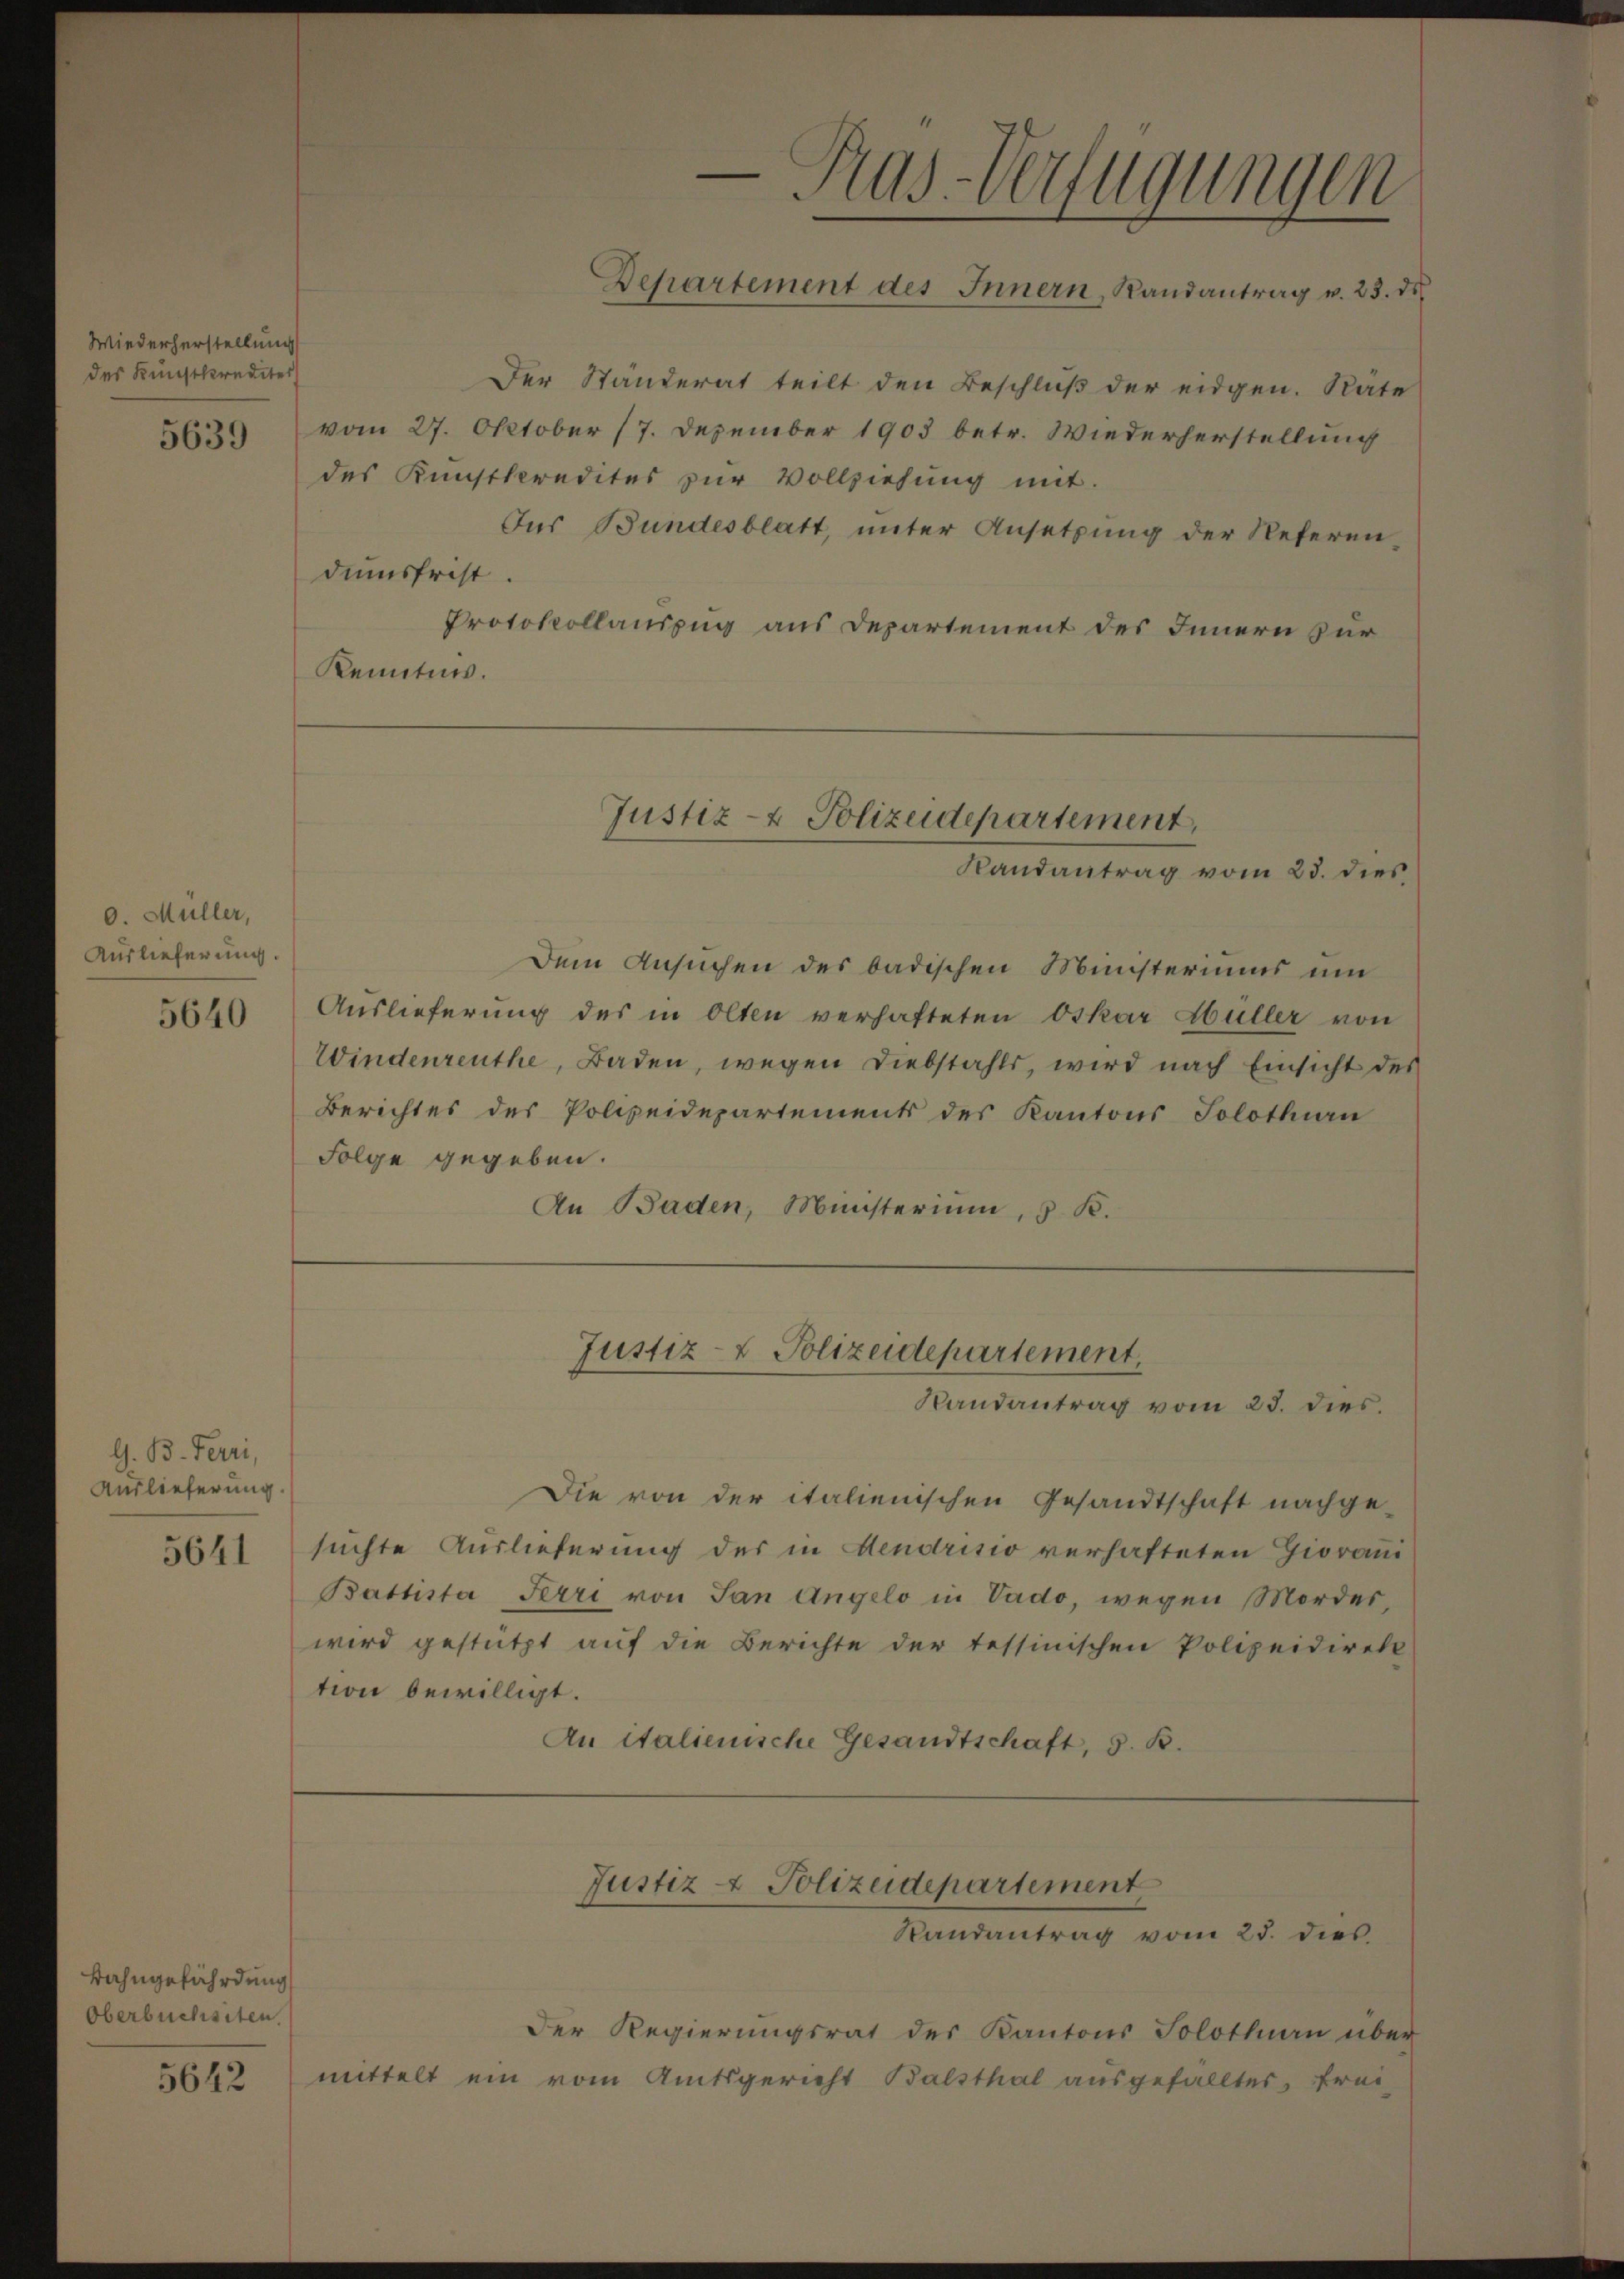
Wiederherstellung
des Kunstkrediter
dumsfrist.

5639

0. Müller,
Auslieferung.

5640

G. B. Terri,
Auslieferung.
5641

Tahngefährdung
Oberbuchsten.

5642

Der Ständerat teilt den Beschluß der eidgen. Räte
vom 27. Oktober 17. Dezember 1903 betr. Wiederherstellung
des Kunstkredites zur Vollziehung mit.
Der Bundesblatt, ŭnter Ansetzŭng der Referen.
Protokollauszug aus Departement des Innern zur
Kenntnis.

Folge gegeben.

Pas-Verfügungen
Departement des Innern, Randantrag v. 23. ds.

Justiz- & Polizeidepartement,

Randantrag vom 23. dies

Dem Ansuchen des badischen Ministeriums um
Auslieferung des in Olten verhafteten Oskar Hüller von
Windenreuthe, Baden, wegen Diebstahls, wird nach Einsicht des
Berichtes des Polizeidepartements des Kantons Solothurn
An Baden, Münsterium, 3. K.

Justiz- & Polizeidepartement.
Randantrag vom 23. dies.

Die von der italienischen Gesandtschaft nachge-
suchte Auslieferung des in Mendrisio verhafteten Giovani
Battista Terri von San Angelo in Vado, wegen Mordes,
wird gestützt auf die Berichte der tessinischen Polizeidirekt
tion bewilligt.
An italienische Gesandtschaft, s. B.

Justiz

Polizeidepartement
Randantrag vom 25. dies

Der Regierungsrat der Kantons Solothurn über
mittelt ein vom Amtsgericht Balsthal ausgefallter, Frei-